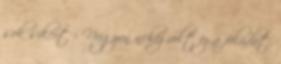
sok sikert : Nagyon nehéz volt ez a feladat.